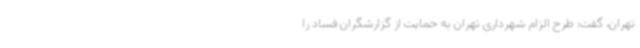
تهران، گفت: طرح الزام شهرداری تهران به حمایت از گزارشگران فساد را